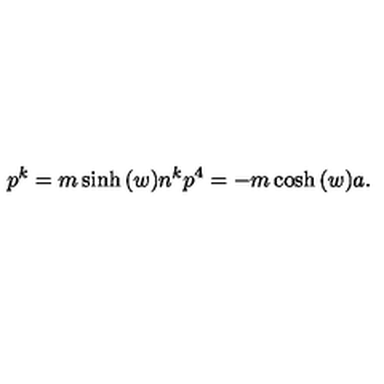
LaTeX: p ^ { k } = m \sinh { ( w ) } n ^ { k } p ^ { 4 } = - m \cosh { ( w ) } a .